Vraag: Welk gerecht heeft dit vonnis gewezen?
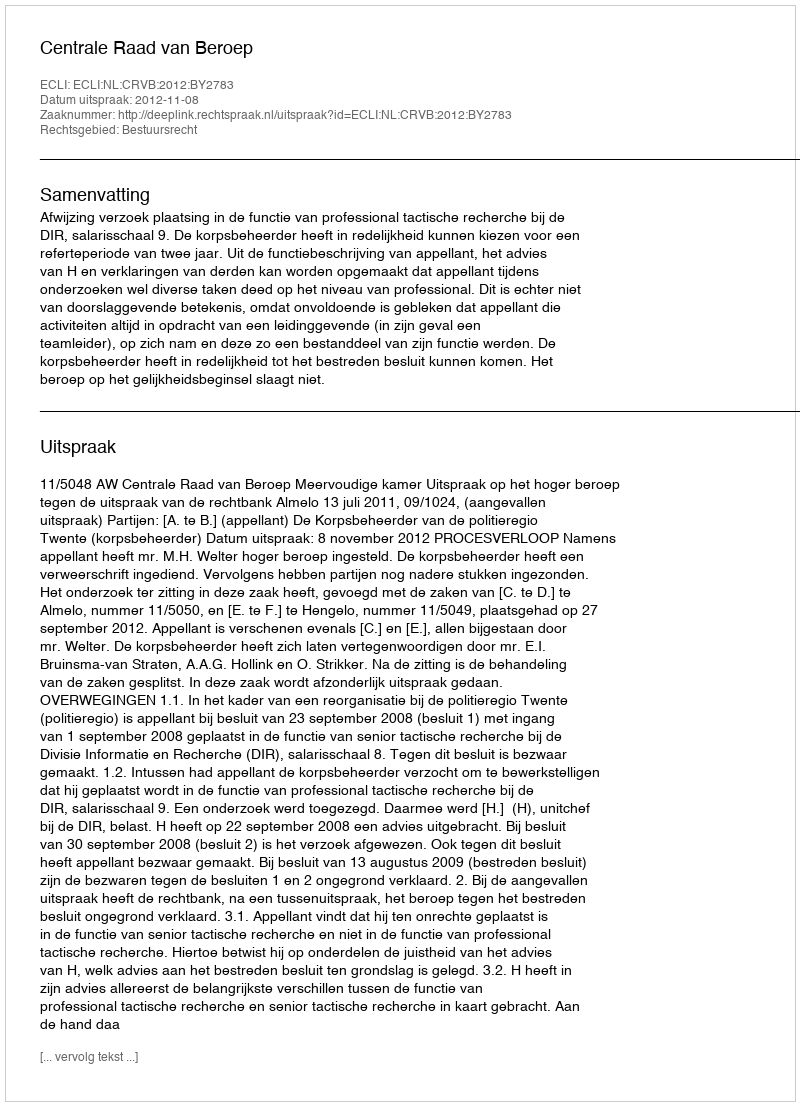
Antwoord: Centrale Raad van Beroep